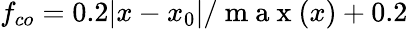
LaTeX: f_{co}=0.2|x-x_{0}|/\mathrm{~m~a~x~}(x)+0.2